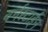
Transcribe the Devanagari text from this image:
बर्नस्टाईन